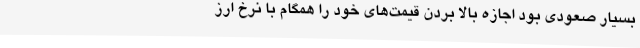
بسیار صعودی بود اجازه بالا بردن قیمت‌های خود را همگام با نرخ ارز